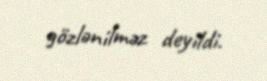
gözlənilməz deyildi.